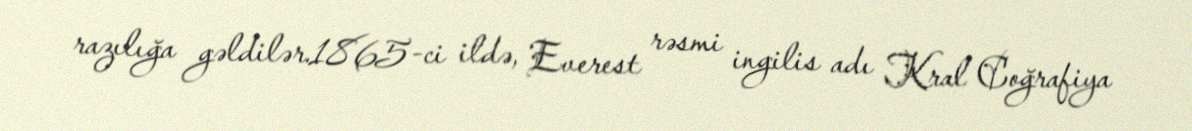
razılığa gəldilər.1865-ci ildə, Everest rəsmi ingilis adı Kral Coğrafiya